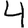
Digit: 4